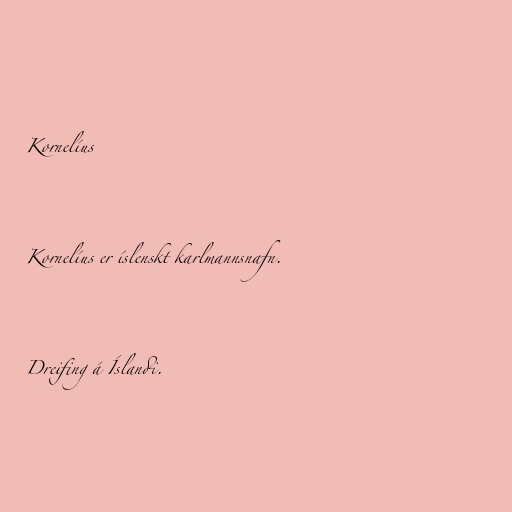
Kornelíus

Kornelíus er íslenskt karlmannsnafn.

Dreifing á Íslandi.